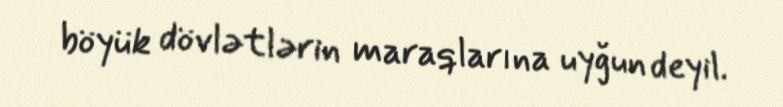
böyük dövlətlərin maraqlarına uyğun deyil.